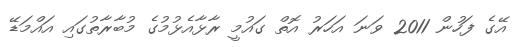
އޭގެ ފަހުން 2011 ވަނަ އަހަރު އޮތް ގައުމީ ރާޅާއެޅުމުގެ މުބާރާތުގައި އައްމަޑޭ